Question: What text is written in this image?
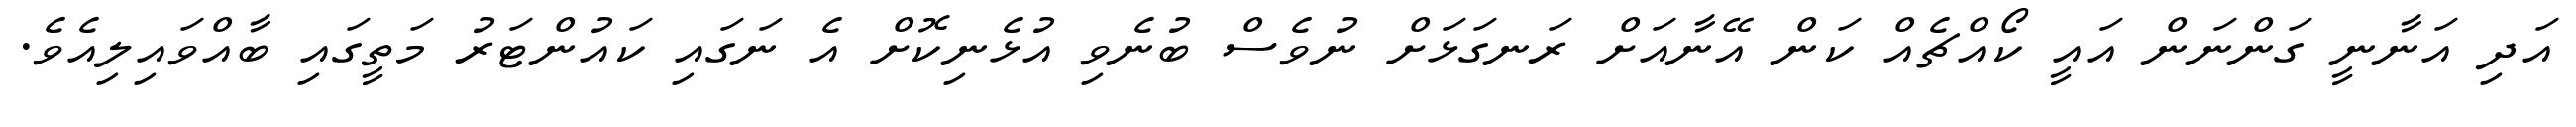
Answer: އަދި އަނާނީ ގަންނަން އައީ ކޯއްޗެއް ކަން އޭނާއަށް ރަނގަޅަށް ނުވެސް ބުނެވި އުޅެނިކޮށް އެ ނަގައި ކައުންޓަރު މަތީގައި ބާއްވައިލިއެވެ.